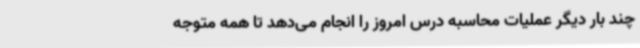
چند بار دیگر عملیات محاسبه درس امروز را انجام می‌دهد تا همه متوجه